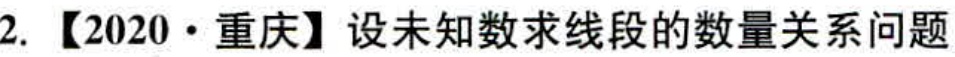
2. 【2020·重庆】设未知数求线段的数量关系问题